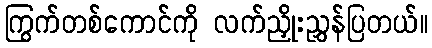
ကြွက်တစ်ကောင်ကို လက်ညှိုးညွှန်ပြတယ်။